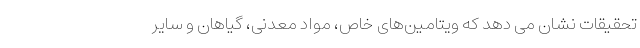
تحقیقات نشان می دهد که ویتامین‌های خاص، مواد معدنی، گیاهان و سایر